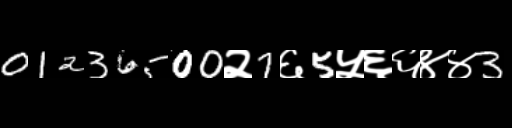
Text: 01236500२7६5५६६४४3